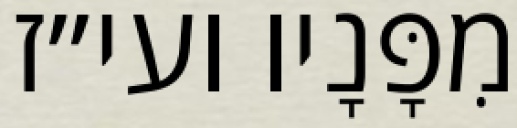
מִפָּנָיו ועי״ז